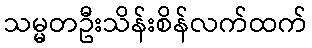
သမ္မတဦးသိန်းစိန်လက်ထက်